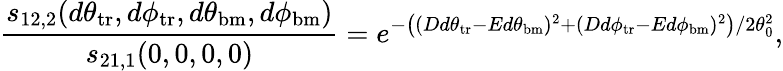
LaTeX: \frac{s_{12,2}(d\theta_{\mathrm{tr}},d\phi_{\mathrm{tr}},d\theta_{\mathrm{bm}},d\phi_{\mathrm{bm}})}{s_{21,1}(0,0,0,0)}=e^{-\left((Dd\theta_{\mathrm{tr}}-Ed\theta_{\mathrm{bm}})^{2}+(Dd\phi_{\mathrm{tr}}-Ed\phi_{\mathrm{bm}})^{2}\right)/2\theta_{0}^{2}},